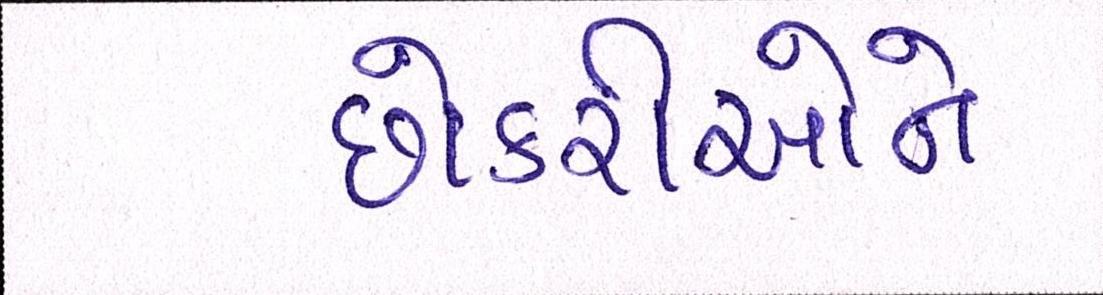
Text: છોકરીઓને